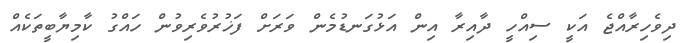
ދިވެހިރާއްޖެ އަކީ ސިއްހީ ދާއިރާ އިން އަޅުގަނޑުމެން ވަރަށް ފަޚުރުވެރިވުން ހައްގު ކާމިޔާބީތަކެއް